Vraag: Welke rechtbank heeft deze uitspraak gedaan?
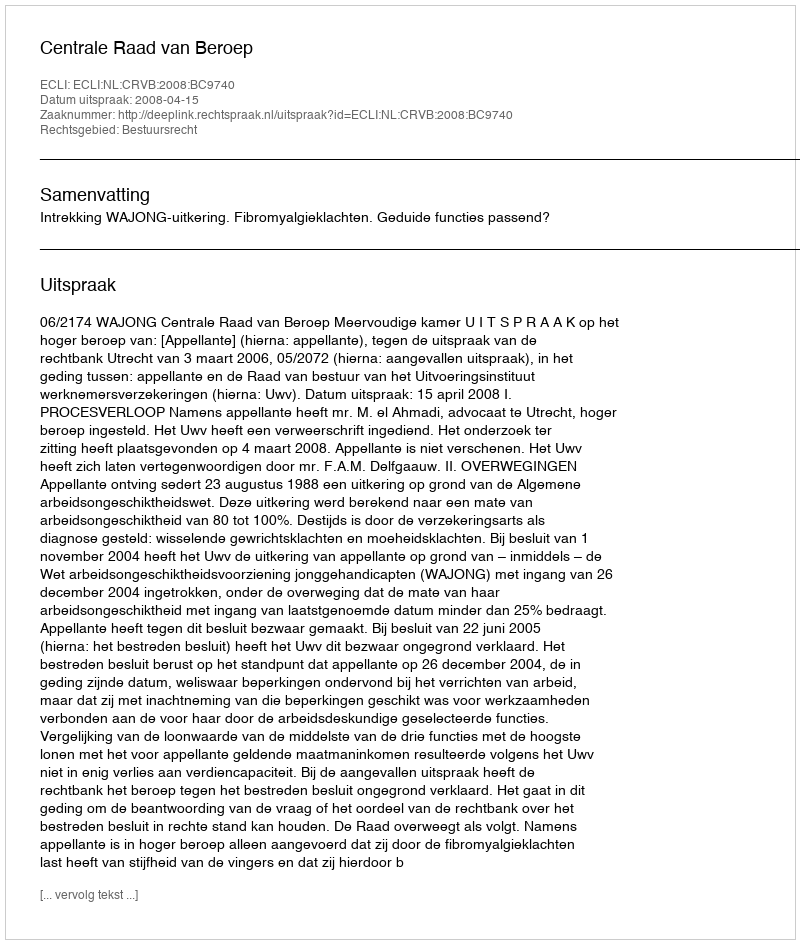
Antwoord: Centrale Raad van Beroep